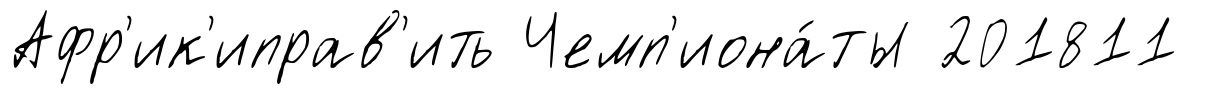
Афр'ик'иправ'ить Чемп'иона́ты 201811